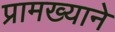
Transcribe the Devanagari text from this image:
प्रामख्याने